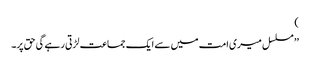
)
’’ مسلسل میری امت میں سے ایک جماعت لڑتی رہے گی حق پر۔